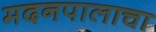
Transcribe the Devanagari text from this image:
मदनपालाचा